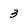
Character: 3